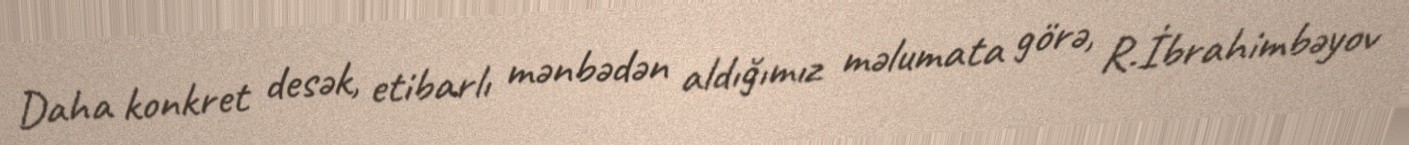
Daha konkret desək, etibarlı mənbədən aldığımız məlumata görə, R.İbrahimbəyov